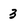
Character: 3